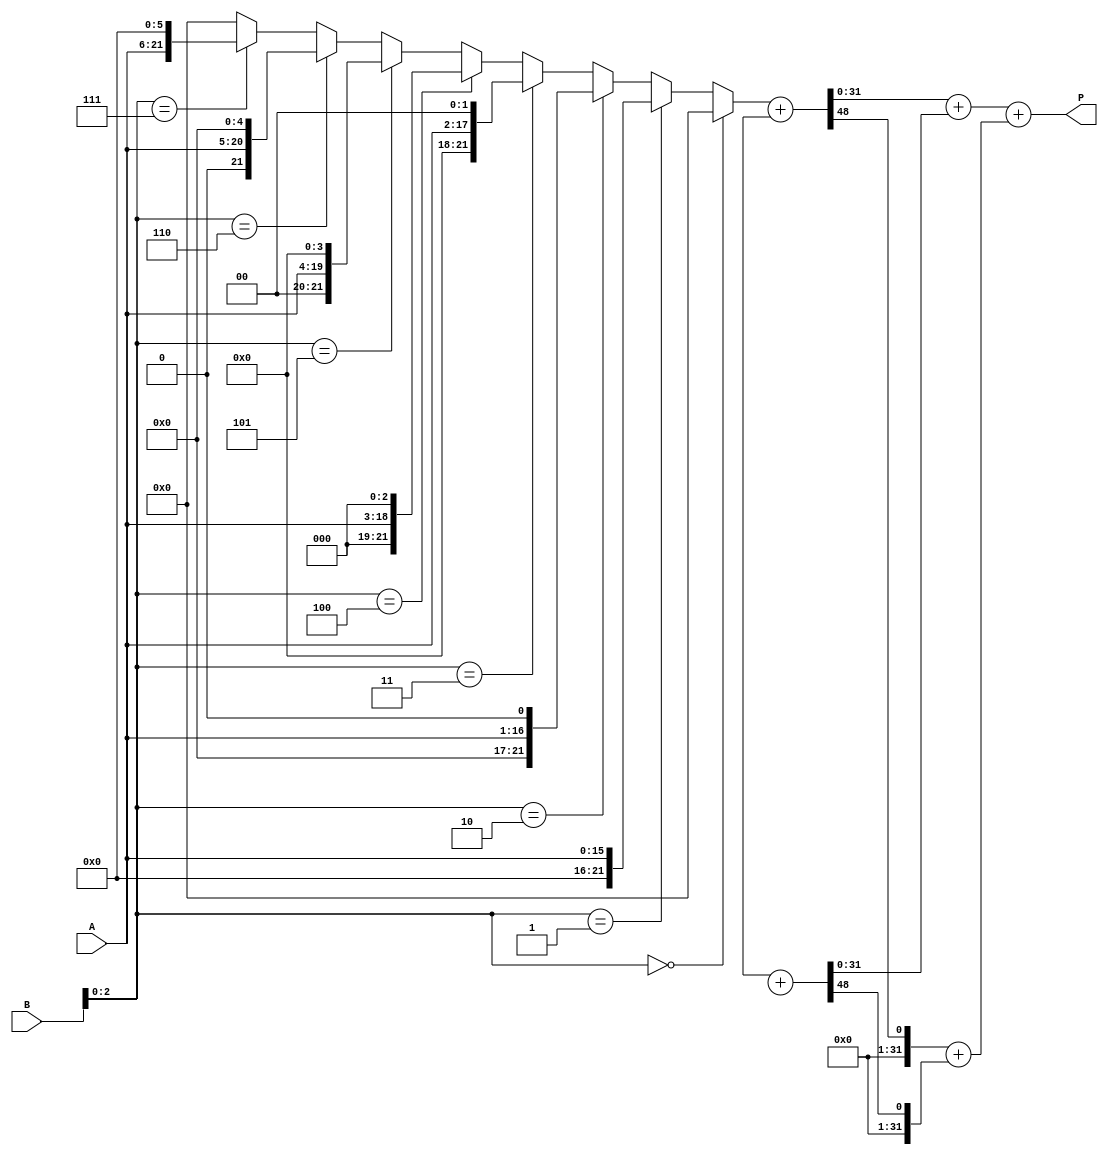
module HigherRadixWallaceTreeMultiplier #(parameter WIDTH = 16) (
    input [WIDTH-1:0] A,
    input [WIDTH-1:0] B,
    output reg [2*WIDTH-1:0] P
);

    // Partial product generation for Radix-8
    wire [WIDTH*3-1:0] pp_radix8 [0:WIDTH-1];
    wire [WIDTH*4-1:0] pp_radix16 [0:WIDTH-1];

    // Generate partial products for Radix-8
    generate
        genvar i;
        for (i = 0; i < WIDTH; i = i + 3) begin: pp_gen_radix8
            assign pp_radix8[i] = (B[i +: 3] == 3'b000) ? 0 :
                                   (B[i +: 3] == 3'b001) ? (A << i) :
                                   (B[i +: 3] == 3'b010) ? (A << (i + 1)) :
                                   (B[i +: 3] == 3'b011) ? (A << (i + 2)) :
                                   (B[i +: 3] == 3'b100) ? (A << (i + 3)) :
                                   (B[i +: 3] == 3'b101) ? (A << (i + 4)) :
                                   (B[i +: 3] == 3'b110) ? (A << (i + 5)) :
                                   (B[i +: 3] == 3'b111) ? (A << (i + 6)) : 0;
        end
    endgenerate

    // Generate partial products for Radix-16
    generate
        for (i = 0; i < WIDTH; i = i + 4) begin: pp_gen_radix16
            assign pp_radix16[i] = (B[i +: 4] == 4'b0000) ? 0 :
                                   (B[i +: 4] == 4'b0001) ? (A << i) :
                                   (B[i +: 4] == 4'b0010) ? (A << (i + 1)) :
                                   (B[i +: 4] == 4'b0011) ? (A << (i + 2)) :
                                   (B[i +: 4] == 4'b0100) ? (A << (i + 3)) :
                                   (B[i +: 4] == 4'b0101) ? (A << (i + 4)) :
                                   (B[i +: 4] == 4'b0110) ? (A << (i + 5)) :
                                   (B[i +: 4] == 4'b0111) ? (A << (i + 6)) :
                                   (B[i +: 4] == 4'b1000) ? (A << (i + 7)) :
                                   (B[i +: 4] == 4'b1001) ? (A << (i + 8)) :
                                   (B[i +: 4] == 4'b1010) ? (A << (i + 9)) :
                                   (B[i +: 4] == 4'b1011) ? (A << (i + 10)) :
                                   (B[i +: 4] == 4'b1100) ? (A << (i + 11)) :
                                   (B[i +: 4] == 4'b1101) ? (A << (i + 12)) :
                                   (B[i +: 4] == 4'b1110) ? (A << (i + 13)) :
                                   (B[i +: 4] == 4'b1111) ? (A << (i + 14)) : 0;
        end
    endgenerate

    // Carry-Save Adder (CSA) for partial product reduction
    wire [WIDTH*3-1:0] sum [0:WIDTH-1];
    wire [WIDTH*3-1:0] carry [0:WIDTH-1];

    generate
        for (i = 0; i < WIDTH; i = i + 1) begin: csa
            assign {carry[i], sum[i]} = pp_radix8[i] + pp_radix8[i+1];
        end
    endgenerate

    // Final addition stage
    wire [2*WIDTH-1:0] final_sum;
    wire [2*WIDTH-1:0] final_carry;

    assign final_sum = sum[0] + sum[1];
    assign final_carry = carry[0] + carry[1];

    always @(*) begin
        P = final_sum + final_carry;
    end

endmodule